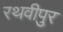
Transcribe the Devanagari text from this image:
रथवीपुर